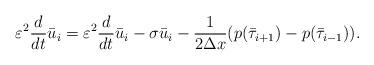
LaTeX: \begin{align*} \varepsilon^2 \dfrac{d}{dt} \bar u_i = \varepsilon^2 \dfrac{d}{dt} \bar u_i -\sigma \bar u_i -\dfrac{1}{2\Delta x}(p(\bar \tau_{i+1}) - p(\bar \tau_{i-1})). \end{align*}